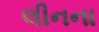
લીનના